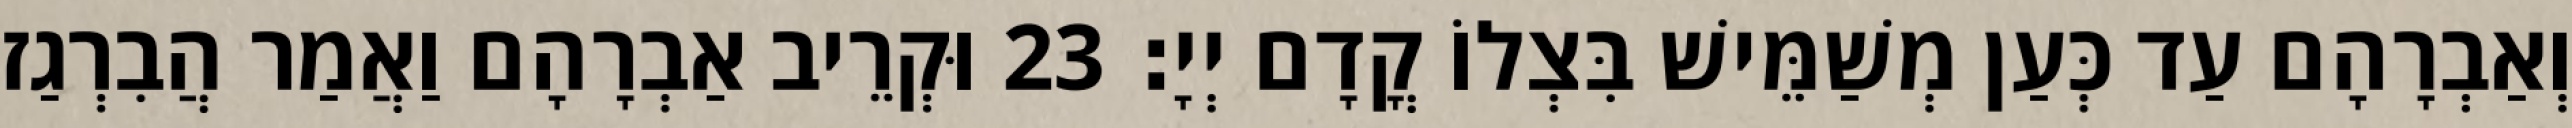
וְאַבְרָהָם עַד כְּעַן מְשַׁמֵּישׁ בִּצְלוֹ קֳדָם יְיָ׃ 23 וּקְרֵיב אַבְרָהָם וַאֲמַר הֲבִרְגַז